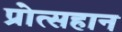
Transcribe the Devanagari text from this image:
प्रोत्सहान